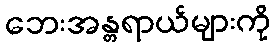
ဘေးအန္တရာယ်များကို